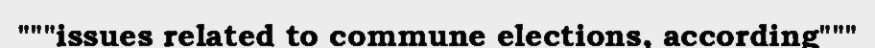
"""issues related to commune elections, according"""